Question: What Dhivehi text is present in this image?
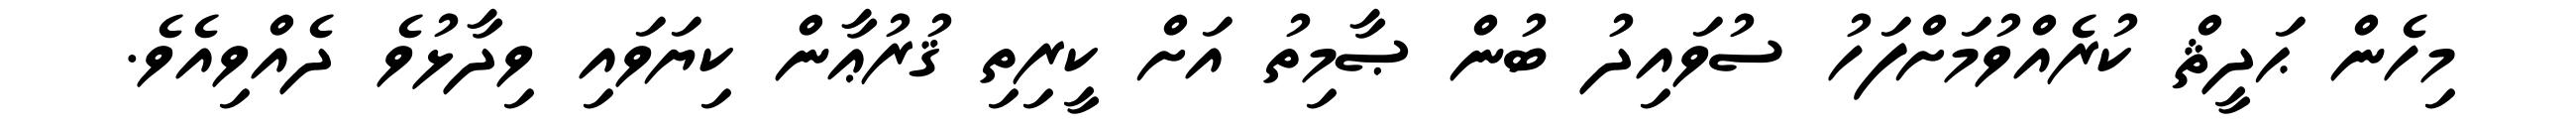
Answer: މިހެން ޙަދީޘް ކުރެއްވުމަށްފަހު ސުވައިދު ބުން ޞާމިތު އަށް ކީރިތި ޤުރުޢާން ކިޔަވައި ވިދާޅުވެ ދެއްވިއެވެ.